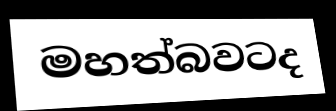
මහත්බවටද